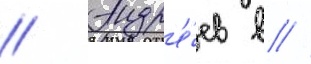
// Андр'е́ев в //